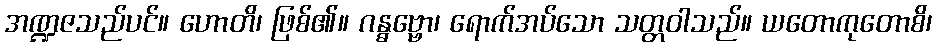
အဏ္ဍဇသည်ပင်။ ဟောတိ၊ ဖြစ်၏။ ဂန္ဓဗ္ဗော၊ ရောက်အပ်သော သတ္တဝါသည်။ ယတောကုတောစိ၊